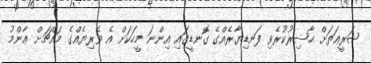
ޝަރީޢަތަށް ޙާޟިރުކުރެވި ފަނޑިޔާރެއްގެ ގޮނޑީގައި އިންނަ މީހަކަށް އެ ވެރިޔެއްގެ މައްޗަށް ޢާންމު